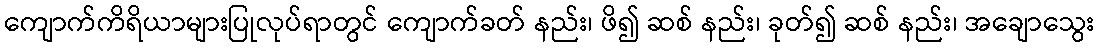
ကျောက်ကိရိယာများပြုလုပ်ရာတွင် ကျောက်ခတ် နည်း၊ ဖိ၍ ဆစ် နည်း၊ ခုတ်၍ ဆစ် နည်း၊ အချောသွေး